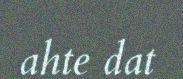
ahte dat